Madras plague regulations in force outside the Presidency town - Volume 2
Disease focus: Plague
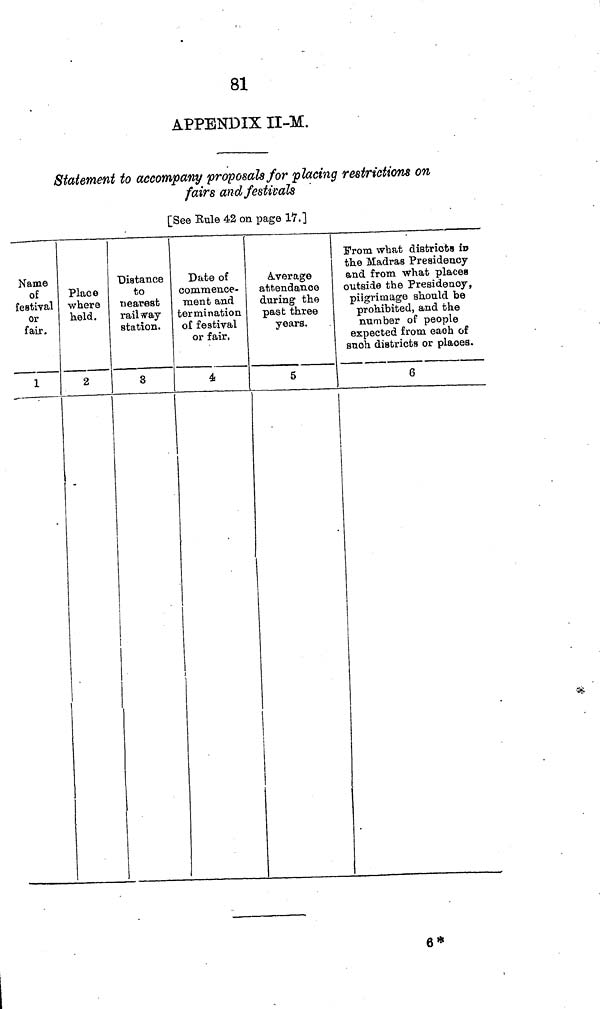
81
APPENDIX II-M.
Statement to accompany proposals for placing restrictions on
fairs and festivals
[See Rule 42 on page 17.]
Name
of
festival
or
fair.
1
Place
where
held.
2
-
Distance
to
nearest
rail way
station.
3
Date of
commence-
ment and
termination
of festival
or fair.
4
Average
attendance
during the
past three
years.
5
From what districts in
the Madras Presidency
and from what place a
outside the Presidency,
pilgrimage should be
prohibited, and the
number of people
expected from each of
such districts or places.
6
6*